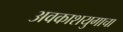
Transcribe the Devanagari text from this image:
अवकाशयुगाचा